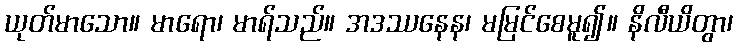
ယုတ်မာသော။ မာရော၊ မာရ်သည်။ အဒဿနေန၊ မမြင်စေမူ၍။ နိလီယိတွာ၊